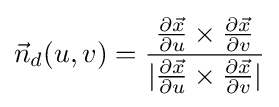
{\vec {n}}_{d}(u,v)={{{\partial {\vec {x}} \over \partial u}\times {\partial {\vec {x}} \over \partial v}} \over {|{{\partial {\vec {x}} \over \partial u}\times {\partial {\vec {x}} \over \partial v}}|}}